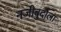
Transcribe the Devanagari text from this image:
नजीबुदौला